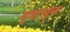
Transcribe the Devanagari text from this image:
सुधारयुक्त